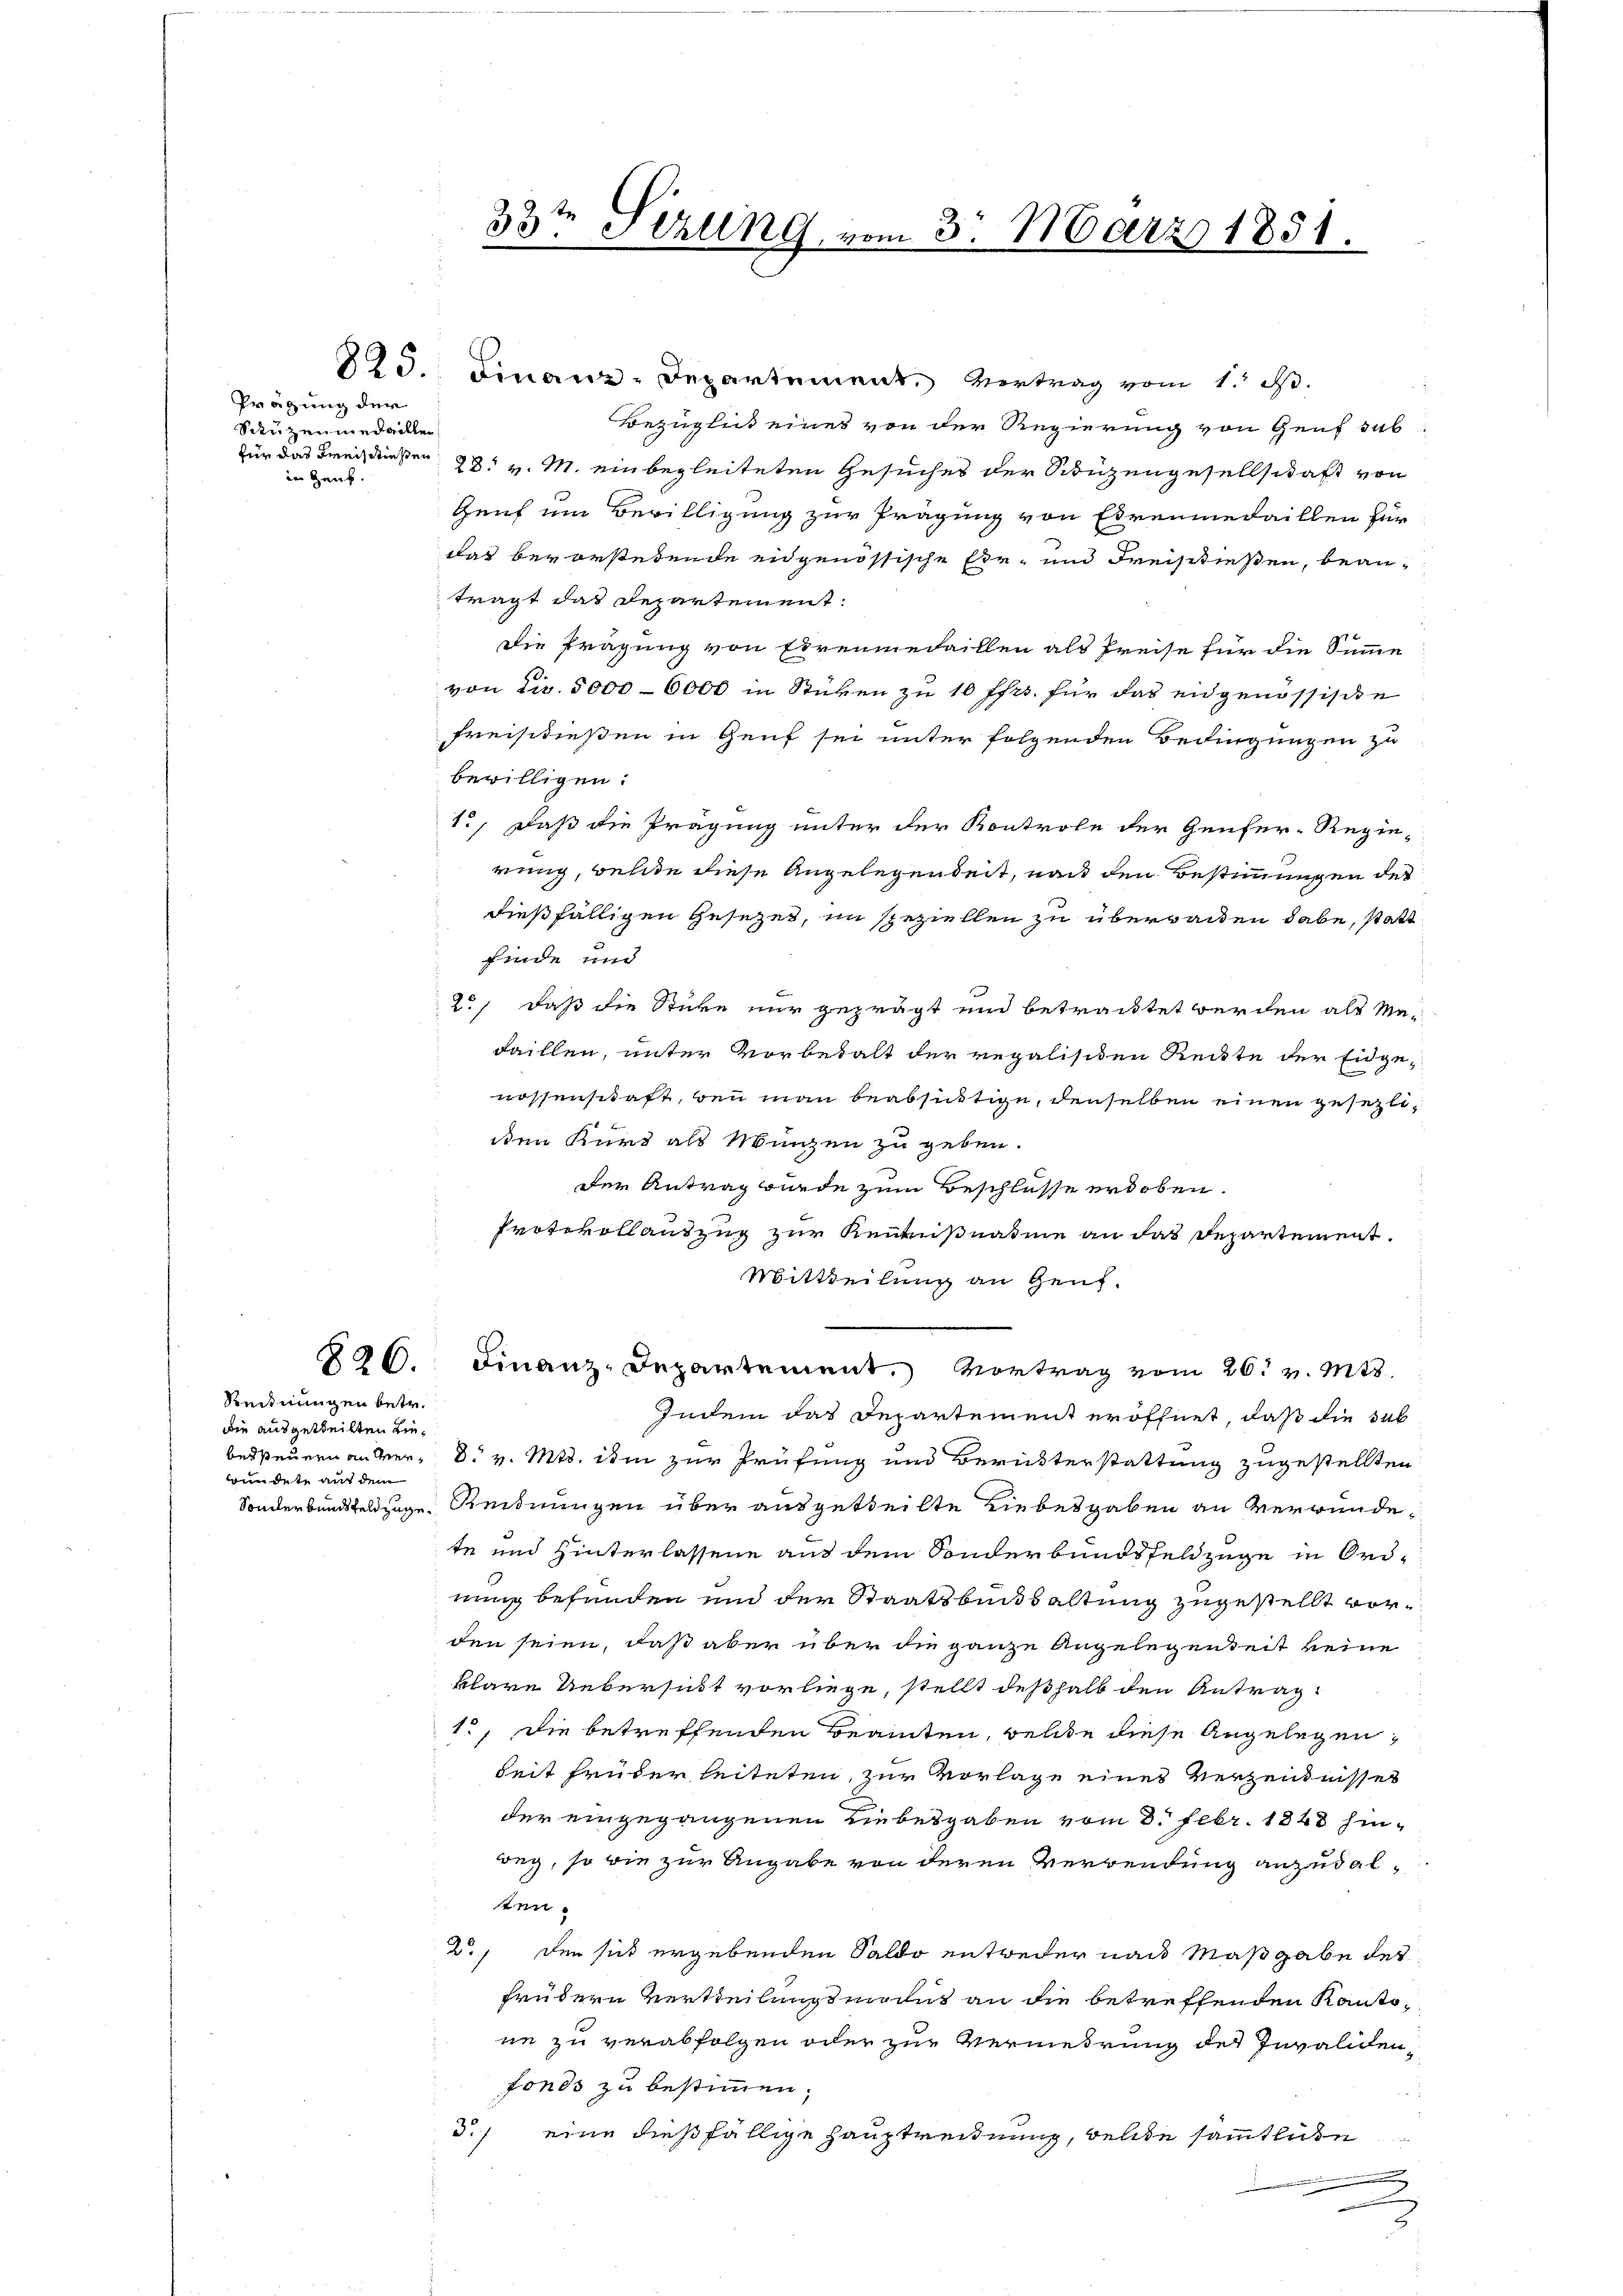
Prägung der
Sauzenmedaillen
in Haus.

826.

Reidnungen betr.
die ausgetheilten Liebessteuern an Verwundete auf dem

325. Finanz-Departement Vertrag vom 1. d.
Bezüglich eines von der Regierung von Genf sub
für das Freis diesen 28. v. M. einbegleiteten Gesuches der Schüzengesellschaft von
Genf um Bewilligung zur Prägung von Ehrenmedaillen für
das bevorstehende eidgenössische Er- und Freisstießen, beanträgt das Departement.
Die Prägung von Ehrenmedaillen als Preise für die Summe
von cir. 5000–6000 in Stüken zu 10 ffrs. für das eidgenössische
Freistießen in Genf sei unter folgenden Bedingungen zu
bewilligen.
1., daß die Prägung unter der Kontrole der Genfer-Regie-
rung, welche diese Angelegenheit, nach den Bestimmungen des
dießfälligen Gesezes, im speziellen zu überraden habe, statt
finde und
2., daß die Sticke nur geprägt und betrautet werden als Ma¬
Faillen, unter Vorbehalt der regalisten Reckte der Eidgenossenschaft, wenn man beabsichtige, denselben einen gesezlien Kurd als Mingen zu geben.
der Antrag wurde zum Beschlüsse erdoben.
Protokollantzug zur Reimußnahme an das Departement.
Mittheilung an Genf.
Finanz-Departement. Vortrag vom 26. v. Mts.
Indem das Departement eröffnet, daß die sub
d. v. Mts. ihm zur Prüfung und Berükterstattung zugestellten
Sonderbundsfeldzuge Kindnungen über ausgetheilte Liebesgaben an verwundete und Hinterlassene aus dem Sonderbundsfeldzüge in Ord-
nung befunden und der Staatsbundsaltung zugestellt vorden seien, daß aber über die ganze Angelegenheit keine
klare Uebersicht vorliege, stellt deßhalb den Antrag
1., die betreffenden Beamten, welche diese Angelegen,
Seit früder leiteten, zur Vorlage eines Verzendnisses
der eingegangenen Liebesgaben vom 8. Febr. 1848 hin-
weg, so wie zur Angabe von deren Verwendung anzudalten.
2., den sich ergebenden Saldo entweder nach Maßgabe des
früdern Vertheilungsmanns an die betreffenden Kantone zu verabfolgen oder zur Vermedrung des Invalidenfonds zu bestimmen.
33/
eine dießfällige Hauptrechnung, welche sämmtliche

33te Szling, vom 3. März 1851.